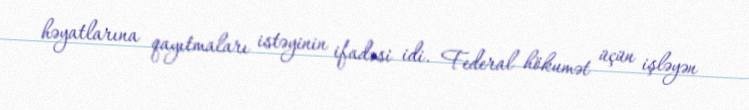
həyatlarına qayıtmaları istəyinin ifadəsi idi. Federal hökumət üçün işləyən